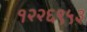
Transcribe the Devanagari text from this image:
१२२६९५३